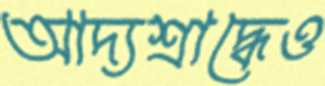
আদ্যশ্রাদ্ধেও